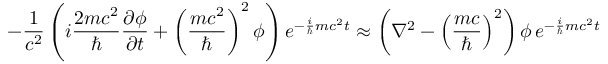
- { \frac { 1 } { c ^ { 2 } } } \left( i { \frac { 2 m c ^ { 2 } } { \hbar } } { \frac { \partial \phi } { \partial t } } + \left( { \frac { m c ^ { 2 } } { \hbar } } \right) ^ { 2 } \phi \right) e ^ { - { \frac { i } { \hbar } } m c ^ { 2 } t } \approx \left( \nabla ^ { 2 } - \left( { \frac { m c } { \hbar } } \right) ^ { 2 } \right) \phi \, e ^ { - { \frac { i } { \hbar } } m c ^ { 2 } t }